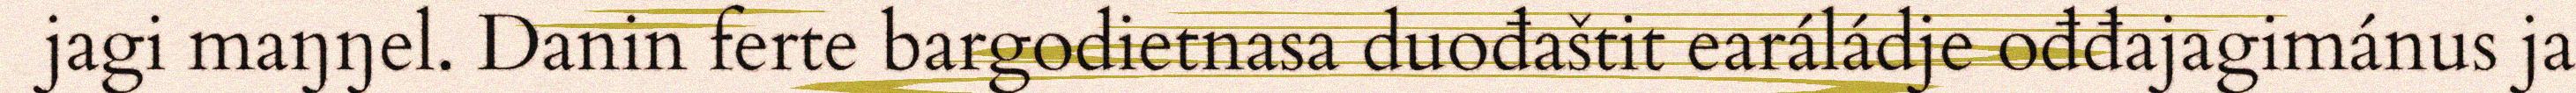
jagi maŋŋel. Danin ferte bargodietnasa duođaštit earáládje ođđajagimánus ja